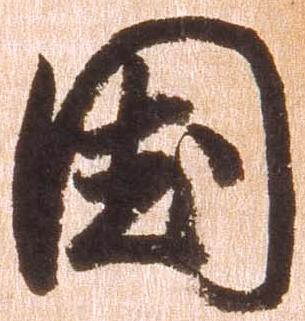
国